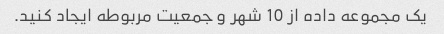
یک مجموعه داده از 10 شهر و جمعیت مربوطه ایجاد کنید.